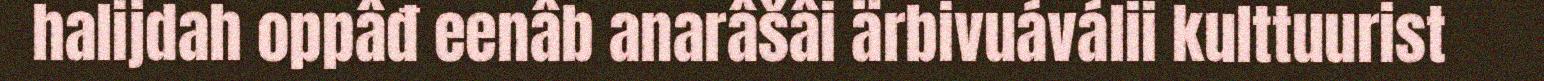
halijdah oppâđ eenâb anarâšâi ärbivuáválii kulttuurist